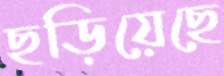
ছড়িয়েছে